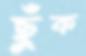
ছুঁক